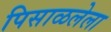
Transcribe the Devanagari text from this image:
पिसाळलेला